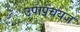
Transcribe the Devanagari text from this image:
उपापचयज